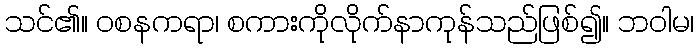
သင်၏။ ဝစနကရာ၊ စကားကိုလိုက်နာကုန်သည်ဖြစ်၍။ ဘဝါမ၊